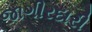
જાગીરદારી